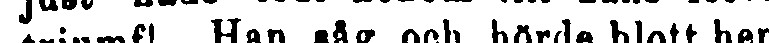
triumf! Han såg och hörde blott hen-